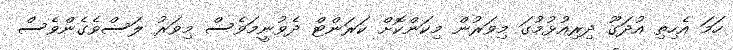
ހަމަ އެހިތި އުދަގޫ ދިރިއުޅުމުގަ މިވަރުން މިކަންކޮށް ކަރަންޓް ދެވުނީމަވެސް މިވަރު ލަސްވެގެންވެސް